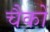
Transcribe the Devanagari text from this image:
चैकों